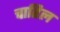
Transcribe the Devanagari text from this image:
चाहिल